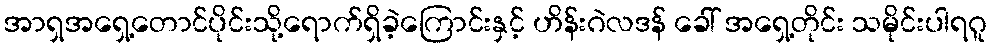
အာရှအရှေ့တောင်ပိုင်းသို့ရောက်ရှိခဲ့ကြောင်းနှင့် ဟိန်းဂဲလဒန် ခေါ် အရှေ့တိုင်း သမိုင်းပါရဂူ